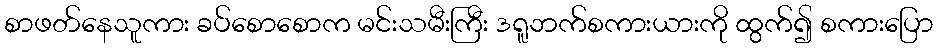
စာဖတ်နေသူကား ခပ်စောစောက မင်းသမီးကြီး ဒရူဘက်စကားယားကို ထွက်၍ စကားပြော